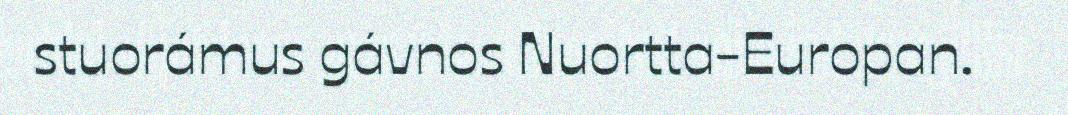
stuorámus gávnos Nuortta-Europan.